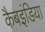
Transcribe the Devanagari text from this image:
कैबइंडिया